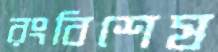
রংবিশেষ